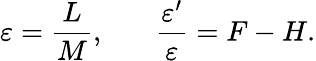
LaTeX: \varepsilon=\frac{L}{M},~~~~~~~\frac{\varepsilon^{\prime}}{\varepsilon}=F-H.